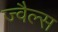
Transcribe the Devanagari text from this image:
ज्वैल्स